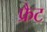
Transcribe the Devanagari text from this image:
फ्रैट